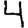
Digit: 4